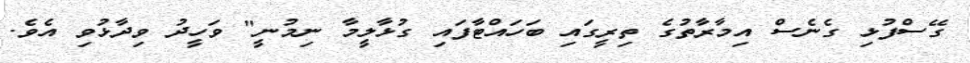
ގޭސްފުޅި ގެނެސް އިމާރާތުގެ ތިރީގައި ބަހައްޓާފައި ގުޅާލީމާ ނިމުނީ" ވަހީދު ވިދާޅުވި އެވެ.